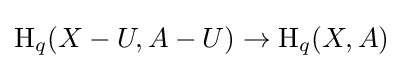
\operatorname {H} _{q}(X-U,A-U)\to \operatorname {H} _{q}(X,A)